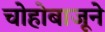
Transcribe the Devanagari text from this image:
चोहोबाजूने